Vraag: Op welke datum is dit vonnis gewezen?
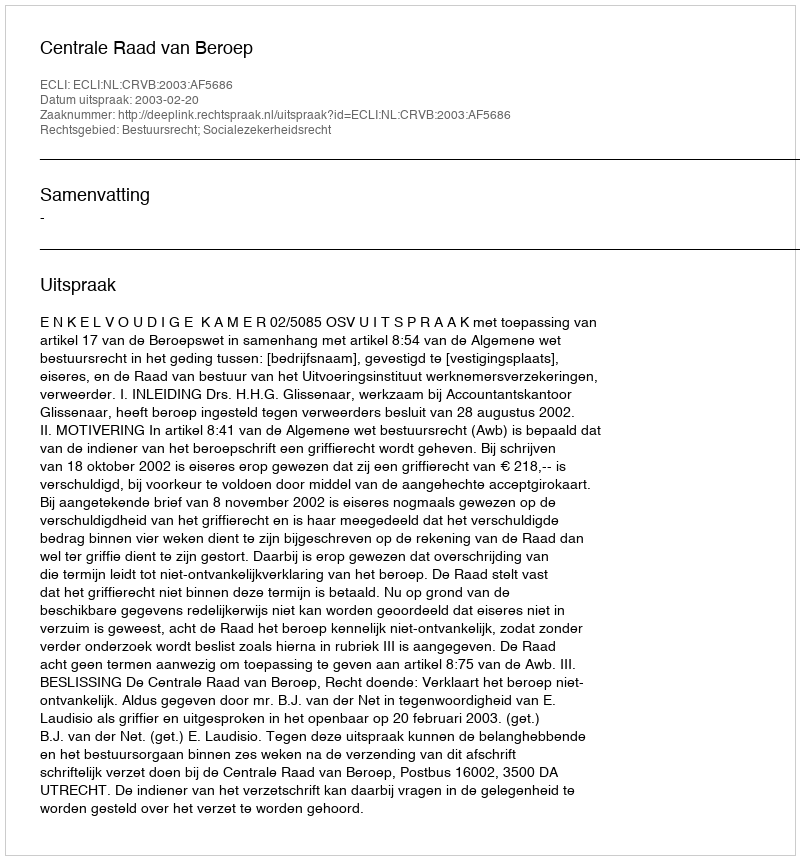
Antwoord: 2003-02-20